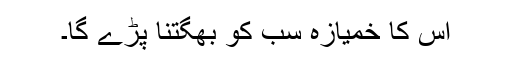
اس کا خمیازہ سب کو بھگتنا پڑے گا۔